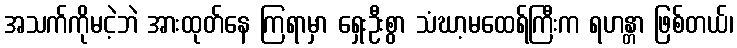
အသက်ကိုမငဲ့ဘဲ အားထုတ်နေ ကြရာမှာ ရှေးဦးစွာ သံဃာ့မထေရ်ကြီးက ရဟန္တာ ဖြစ်တယ်၊